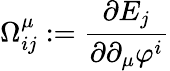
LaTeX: \Omega_{ij}^{\mu}:=\frac{\partial E_{j}}{\partial\partial_{\mu}\varphi^{i}}